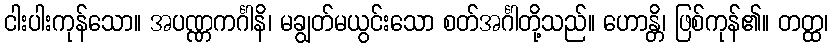
ငါးပါးကုန်သော။ အပဏ္ဏကင်္ဂါနိ၊ မချွတ်မယွင်းသော စတ်အင်္ဂါတို့သည်။ ဟောန္တိ၊ ဖြစ်ကုန်၏။ တတ္ထ၊